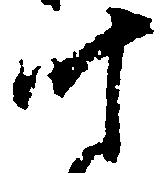
叶